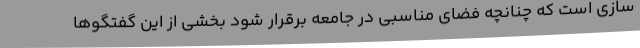
سازی است که چنانچه فضای مناسبی در جامعه برقرار شود بخشی از این گفتگوها